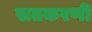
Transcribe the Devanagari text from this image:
सतकरणी